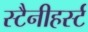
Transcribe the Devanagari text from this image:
स्टैनीहर्स्ट